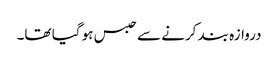
دروازہ بند کرنے سے حبس ہو گیا تھا۔